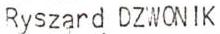
Ryszard DZWONIK